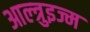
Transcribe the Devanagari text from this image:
आल्त्रुइज्म